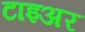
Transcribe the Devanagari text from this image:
टाइअर